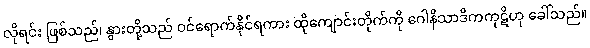
လိုရင်း ဖြစ်သည်၊ နွားတို့သည် ဝင်ရောက်နိုင်ရကား ထိုကျောင်းတိုက်ကို ဂေါနိသာဒိကကုဋိဟု ခေါ်သည်။